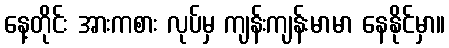
နေ့တိုင်း အားကစား လုပ်မှ ကျန်းကျန်းမာမာ နေနိုင်မှာ။